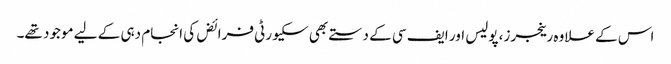
اس کے علاوہ رینجرز، پولیس اور ایف سی کے دستے بھی سکیورٹی فرائض کی انجام دہی کے لیے موجود تھے۔